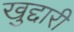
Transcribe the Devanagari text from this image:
खुद्दारी